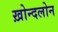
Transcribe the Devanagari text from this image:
ख़ोन्दलोन